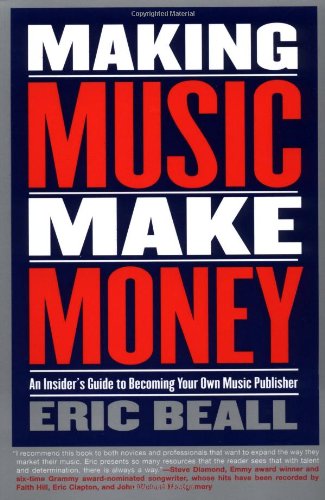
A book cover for Making Music Make Money: An Insider's Guide to Becoming Your Own Music Publisher (Berklee Press); Eric Beall; Arts & Photography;